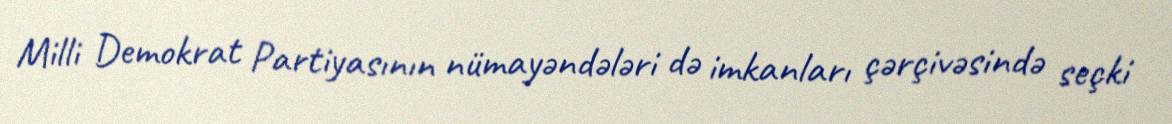
Milli Demokrat Partiyasının nümayəndələri də imkanları çərçivəsində seçki